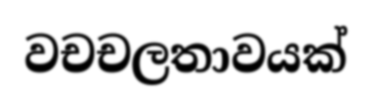
වචචලතාවයක්